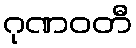
ဂုဏဝတီ